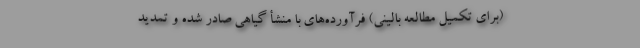
(برای تکمیل مطالعه بالینی) فرآورده‌‌های با منشأ گیاهی صادر شده و تمدید